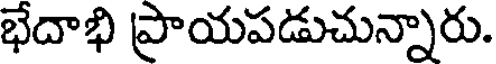
భేదాభి ప్రాయపడుచున్నారు.